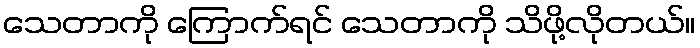
သေတာကို ကြောက်ရင် သေတာကို သိဖို့လိုတယ်။